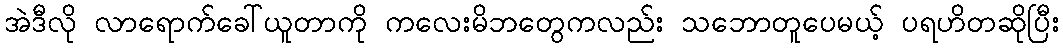
အဲဒီလို လာရောက်ခေါ်ယူတာကို ကလေးမိဘတွေကလည်း သဘောတူပေမယ့် ပရဟိတဆိုပြီး